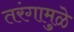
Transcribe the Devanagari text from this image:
तरंगामुळे